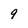
Character: 9